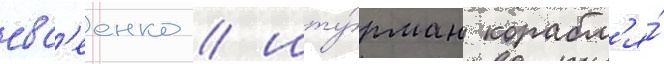
евс'еенко / шту́рман корабл'я́